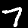
Label: 7